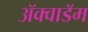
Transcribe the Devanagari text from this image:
ॲक्वाडॅम